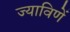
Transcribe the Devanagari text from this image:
ज्याविणें